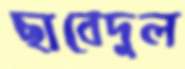
ছাবেদুল